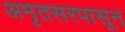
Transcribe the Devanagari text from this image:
अमृतसरपासून